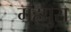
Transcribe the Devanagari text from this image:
महपुरा